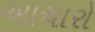
આચારો